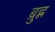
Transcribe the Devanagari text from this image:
ब्रुह्ल